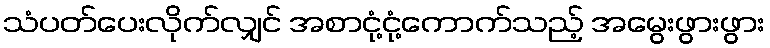
သံပတ်ပေးလိုက်လျှင် အစာငုံ့ငုံ့ကောက်သည့် အမွေးဖွားဖွား